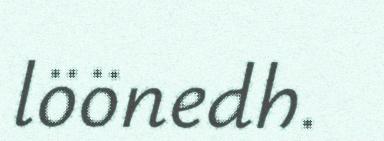
löönedh.